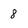
Character: 8